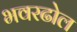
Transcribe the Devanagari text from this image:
भवरढोल